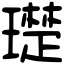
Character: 璴